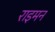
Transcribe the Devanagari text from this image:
राइमन